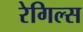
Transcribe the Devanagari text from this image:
रेगिल्स